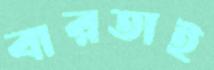
বারতাই